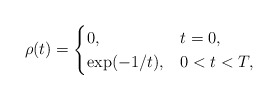
\begin{align*}\rho(t)=\begin{cases}0, & t=0,\\\exp(-1/t), & 0<t<T,\end{cases}\end{align*}